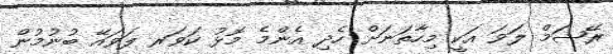
ރޭޝަމް ލަވަ އަކީ މިހާތަނަށް ހެދި އެންމެ މޮޅު ކަވަރ ލަވައޭ ބުނުމުން